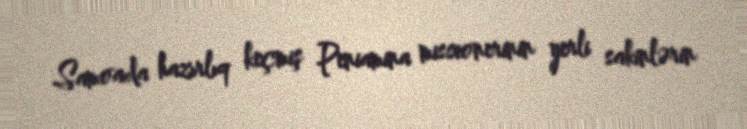
Samoada hazırlıq keçmiş Peniamina missionerinin yerli sakinlərin